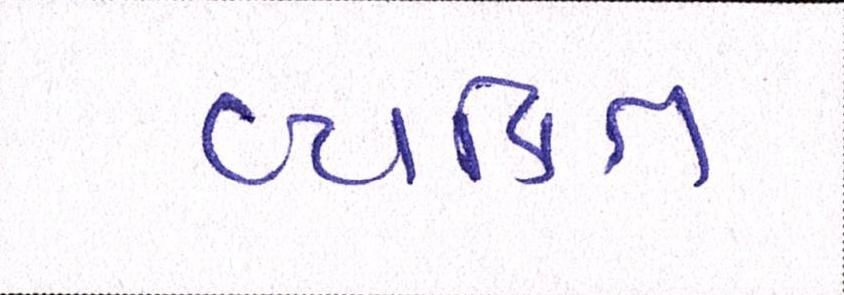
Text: વ્યક્તિ